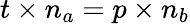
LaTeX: t\times n_{a}=p\times n_{b}